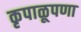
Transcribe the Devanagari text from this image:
कृपाळूपणा